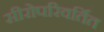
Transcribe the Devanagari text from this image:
सीरोपरिवर्तित